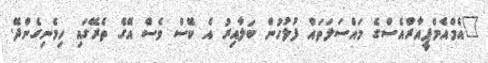
"އެމްއެމްޕީއާރްއެސްގެ މައްސަލަތައް ފުލުހުން ބަލާއިރު އެ ކޭސް ވެސް އޭގެ ތެރޭގައި ހިމެނިގެންދޭ.